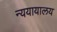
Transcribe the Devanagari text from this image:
न्ययायालय